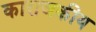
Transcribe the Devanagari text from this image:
काराजकीय